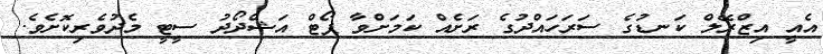
އެއީ އިޒްރޭލް ކަނޑުގެ ސަރަހައްދުގެ ރަށެއް ކަމަށްވާ ޕޯޓް އަޝްދޯދު ސީޓީ މެދުވެރިކޮށެވެ.